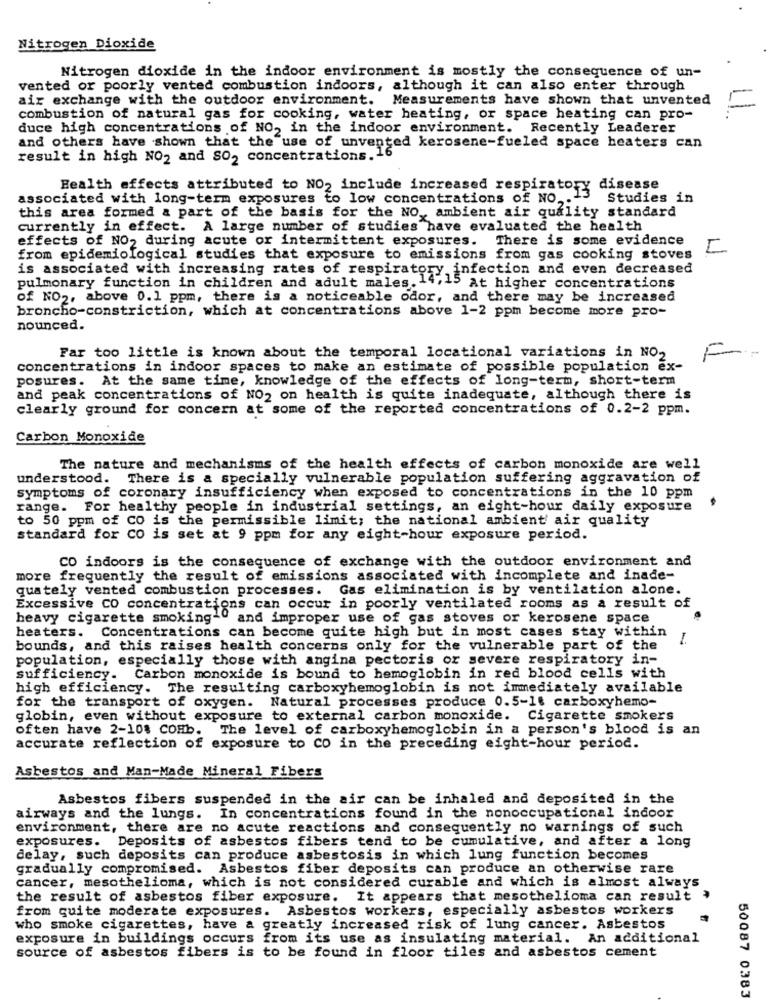
Nitrogen Dioxide
Nitrogen dioxide in the indoor environment is mostly the consequence of un-
vented or poorly vented combustion indoors, although it can also enter through
air exchange with the outdoor environment. Measurements have shown that unvented
combustion of natural gas for cooking, water heating, or space heating can pro-
duce high concentrations of NO, in the indoor environment. Recently Leaderer
and others have shown that the use of unvented kerosene-fueled space heaters can
result in high NO2 and SO2 concentrations.1
Health effects attributed to NO2 include increased respiratory disease
associated with long-term exposures to low concentrations of NO ,. 1
Studies in
this area formed & part of the basis for the NO,ambient air quality standard
currently in effect. A large number of studies have evaluated the health
effects of NO2 during acute or intermittent exposures.
There is some evidence
from epidemiological studies that exposure to emissions from gas cooking stoves
is associated with increasing rates of respiratory, infection and even decreased
pulmonary function in children and adult males. 14,15 At higher concentrations
of NO2, above 0.1 ppm, there is a noticeable odor, and there may be increased
broncho-constriction, which at concentrations above 1-2 ppm become more pro-
nounced.
Far too little is known about the temporal locational variations in NO2
F
concentrations in indoor spaces to make an estimate of possible population ex-
posures. At the same time, knowledge of the effects of long-term, short-term
and peak concentrations of NO2 on health is quite inadequate, although there is
clearly ground for concern at some of the reported concentrations of 0.2-2 ppm.
Carbon Monoxide
The nature and mechanisms of the health effects of carbon monoxide are well
understood. There is a specially vulnerable population suffering aggravation of
symptoms of coronary insufficiency when exposed to concentrations in the 10 ppm
-
range. For healthy people in industrial settings, an eight-hour daily exposure
to 50 ppm of Co is the permissible limit; the national ambient air quality
standard for CO is set at 9 ppm for any eight-hour exposure period.
CO indoors is the consequence of exchange with the outdoor environment and
more frequently the result of emissions associated with incomplete and inade-
quately vented combustion processes. Gas elimination is by ventilation alone.
Excessive CO concentrations can occur in poorly ventilated rooms as a result of
heavy cigarette smoking-" and improper use of gas stoves or kerosene space
heaters. Concentrations can become quite high but in most cases stay within
bounds, and this raises health concerns only for the vulnerable part of the
population, especially those with angina pectoris or severe respiratory in-
sufficiency. Carbon monoxide is bound to hemoglobin in red blood cells with
high efficiency. The resulting carboxyhemoglobin is not immediately available
for the transport of oxygen. Natural processes produce 0.5-16 carboxyhemo-
globin, even without exposure to external carbon monoxide. Cigarette smokers
often have 2-108 COHb. The level of carboxyhemoglobin in a person's blood is an
accurate reflection of exposure to CO in the preceding eight-hour period.
Asbestos and Man-Made Mineral Fibers
Asbestos fibers suspended in the air can be inhaled and deposited in the
airways and the lungs. In concentrations found in the nonoccupational indoor
environment, there are no acute reactions and consequently no warnings of such
exposures. Deposits of asbestos fibers tend to be cumulative, and after a long
delay, such deposits can produce asbestosis in which lung function becomes
gradually compromised. Asbestos fiber deposits can produce an otherwise rare
cancer, mesothelioma, which is not considered curable and which is almost always
the result of asbestos fiber exposure. It appears that mesothelioma can result ,
from quite moderate exposures. Asbestos workers, especially asbestos workers
who smoke cigarettes, have a greatly increased risk of lung cancer. Asbestos
exposure in buildings occurs from its use as insulating material. An additional
source of asbestos fibers is to be found in floor tiles and asbestos cement
50087 0383